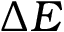
\Delta E